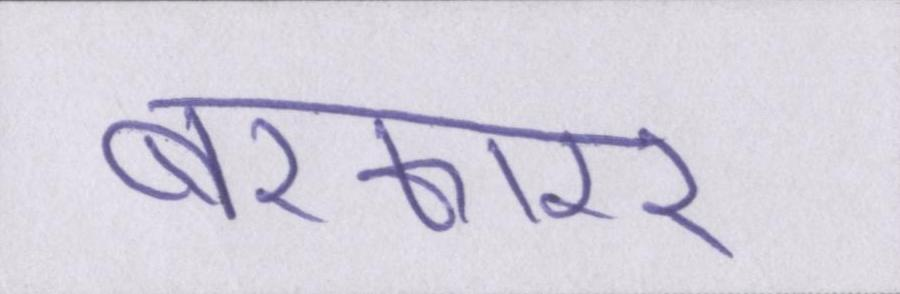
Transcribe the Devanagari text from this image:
बरकारर